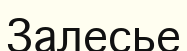
Залесье